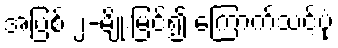
အပြစ် ၂-မျိုးမြင်၍ ကြောက်သင့်ပုံ